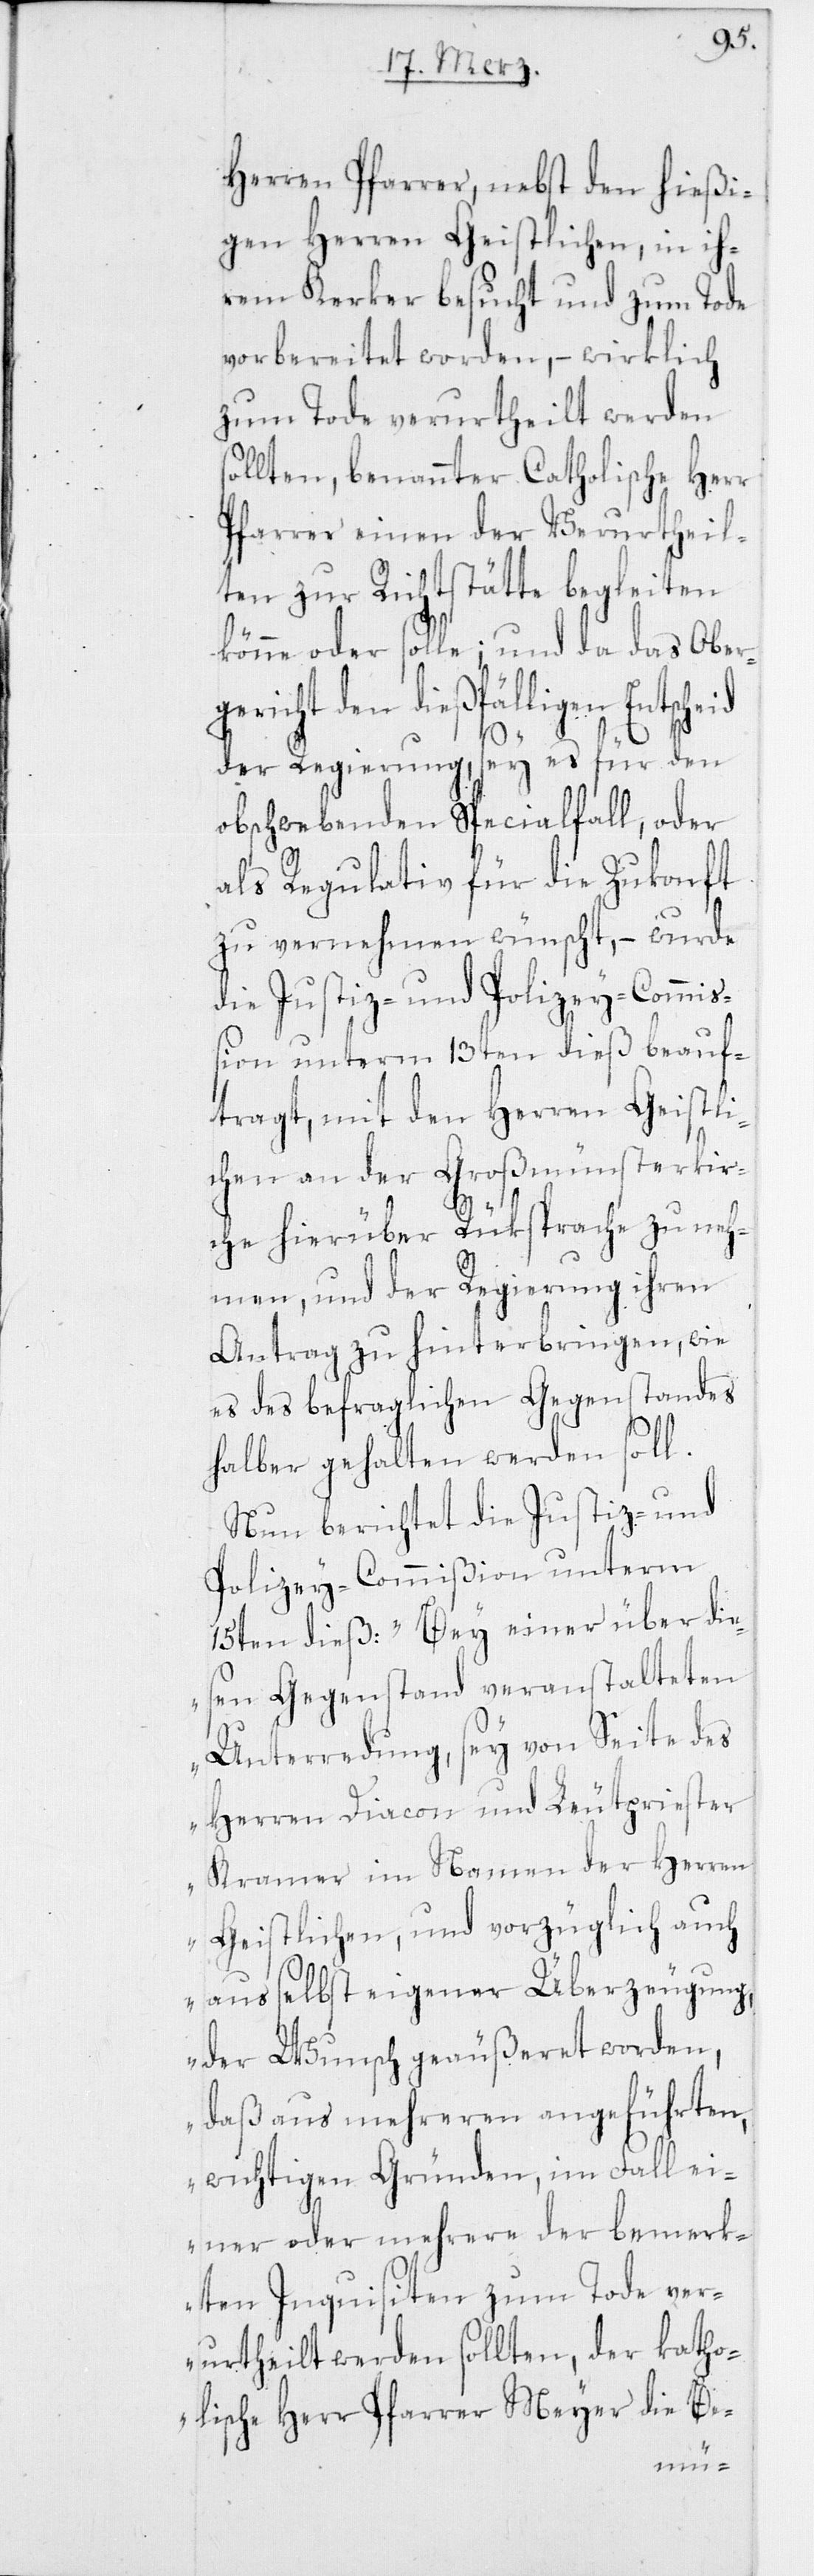
ger¬
Herren Pfarrer, nebst den hießi¬
gen Herren Geistlichen, in ih¬
rem Kerker besucht und zum Tode
vorbereitet worden, – wirklich
zum Tode verurtheilt werden
sollten, benannter Catholische Herr
Pfarrer einen der Verurtheil¬
ten zur Richtstätte begleiten
könne oder solle; und da das Ober¬
icht den dießfälligen
der Regierung, sey es für den
obschwebenden Specialfall, oder
als Regulativ für die Zukunft
zu vernehmen wünscht, – wurde
die Justiz- und Polizeycommiß¬
ion unterm 13ten dieß beauf¬
tragt, mit den Herren Geistli¬
chen an der Großmünsterkir¬
che hierüber Rüksprache zu neh¬
men, und der Regierung ihren
Antrag zu hinterbringen, wie
es des befraglichen Gegenstandes
halber gehalten werden soll.
Nun berichtet die Justiz- und
Polizey-Commißion unterm
15ten dieß: „Bey einer über die¬
sen Gegenstand veranstalteten
Unterredung, sey von Seite des
Herren Diacon und Leutpriester
Kramer im Namen der Herren
Geistlichen, und vorzüglich auch
aus selbst eigener Überzeugung,
der Wunsch geäußeret worden,
daß aus mehreren angeführten,
wichtigen Gründen, im Fall ei¬
ner oder mehrere der bemerk¬
ten Inquisiten zum Tode ver¬
urtheilt werden sollten, der katho¬
lische Herr Pfarrer Meyer die Be-